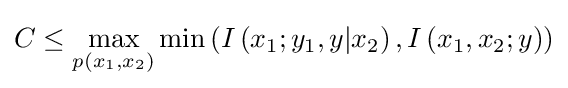
C\leq \max _{p(x_{1},x_{2})}\min \left(I\left(x_{1};y_{1},y|x_{2}\right),I\left(x_{1},x_{2};y\right)\right)